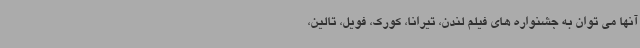
آنها می توان به جشنواره های فیلم لندن، تیرانا، کورک، فویل، تالین،